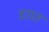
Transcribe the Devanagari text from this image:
डरात